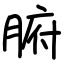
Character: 腑